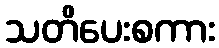
သတိပေးစကား